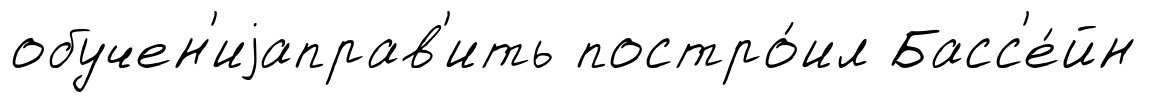
обучен'иjаправ'ить постро́ил Басс'е́йн